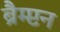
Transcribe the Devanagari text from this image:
ब्रैम्प्टन